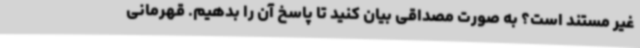
غیر مستند است؟ به صورت مصداقی بیان کنید تا پاسخ آن را بدهیم. قهرمانی